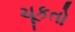
ચૂકતો